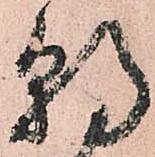
朝